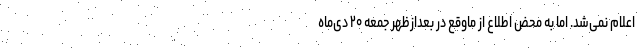
اعلام نمی‌شد. اما به محض اطلاع از ماوقع در بعدازظهر جمعه ۲۰ دی‌ماه